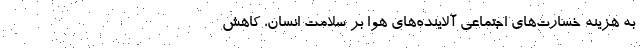
به هزینه‌ خسارت‌های اجتماعی آلاینده‌های هوا بر سلامت انسان، کاهش